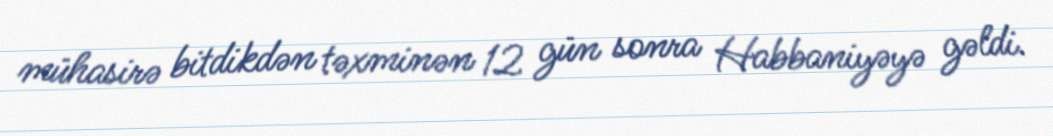
mühasirə bitdikdən təxminən 12 gün sonra Habbaniyəyə gəldi.